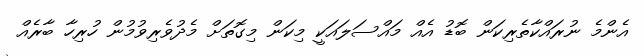
އެންމެ ނުރައްކާތެރިކަން ބޮޑު އެއް މައްސަލައަކީ މިކަން މިގޮތަށް މެދުވެރިވުމުން ހުރިހާ ބާރެއް